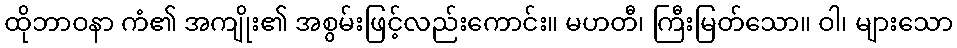
ထိုဘာဝနာ ကံ၏ အကျိုး၏ အစွမ်းဖြင့်လည်းကောင်း။ မဟတီ၊ ကြီးမြတ်သော။ ဝါ၊ များသော